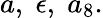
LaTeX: a,\; \epsilon,\; a_{8}.